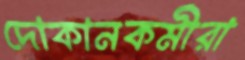
দোকানকর্মীরা